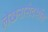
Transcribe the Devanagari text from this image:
लेखनासंदर्भात